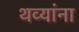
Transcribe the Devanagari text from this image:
थव्यांना